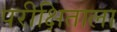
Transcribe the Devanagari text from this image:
परीक्षिताला